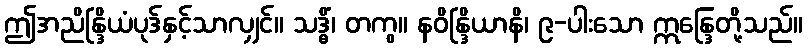
ဤအညိန္ဒြိယံပုဒ်နှင့်သာလျှင်။ သဒ္ဓိံ၊ တကွ။ နဝိန္ဒြိယာနိ၊ ၉-ပါးသော ဣန္ဒြေတို့သည်။